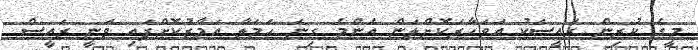
މީގެ ކުރިން ރައީސަކު އަވަހާރަކޮށްލަން އެންމެ ގިނަ ހަމަލާ އަމާޒުކޮށްފައި ވަނީ ރައީސް